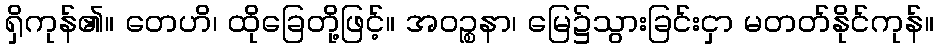
ရှိကုန်၏။ တေဟိ၊ ထိုခြေတို့ဖြင့်။ အဝဉ္စနာ၊ မြေ၌သွားခြင်းငှာ မတတ်နိုင်ကုန်။